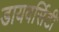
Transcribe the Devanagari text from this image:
डायवर्सिटी